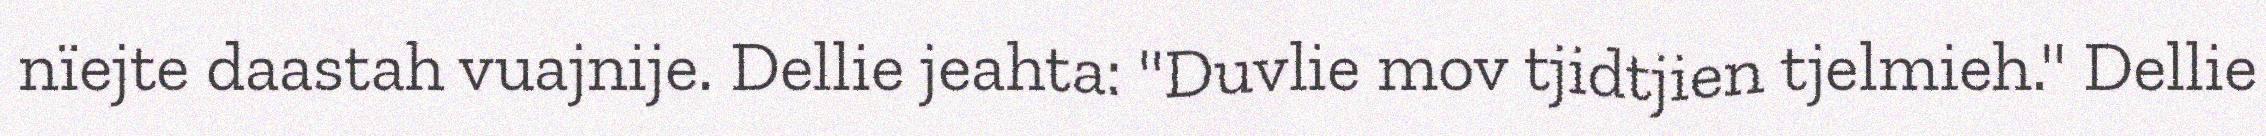
nïejte daastah vuajnije. Dellie jeahta: "Duvlie mov tjidtjien tjelmieh." Dellie